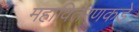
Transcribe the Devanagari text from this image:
महावितरणकडे